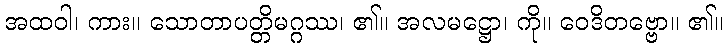
အထဝါ၊ ကား။ သောတာပတ္တိမဂ္ဂဿ၊ ၏။ အလမဋ္ဌော၊ ကို။ ဝေဒိတဗ္ဗော။ ၏။